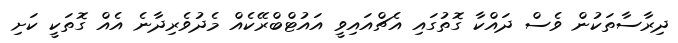
ދިރާސާތަކުން ވެސް ދައްކާ ގޮތުގައި އެޗްއައިވީ އައުޓްބްރޭކެއް މެދުވެރިދާނެ އެއް ގޮތަކީ ކަށި